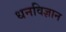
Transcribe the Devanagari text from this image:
धनविज्ञान